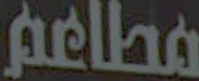
مطاعم